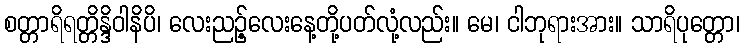
စတ္တာရိရတ္တိန္ဒိဝါနိပိ၊ လေးညဉ့်လေးနေ့တို့ပတ်လုံ့လည်း။ မေ၊ ငါဘုရားအား။ သာရိပုတ္တော၊